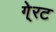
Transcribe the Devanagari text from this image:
गे्रट